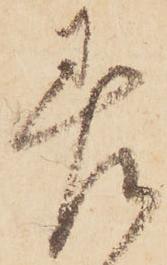
差